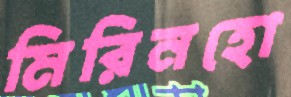
মিরিনহো